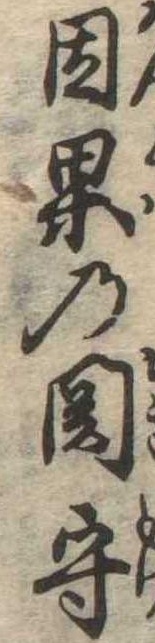
因果の関守